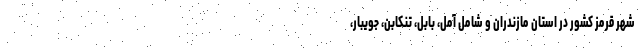
شهر قرمز کشور در استان مازندران و شامل آمل، بابل، تنکابن، جویبار،